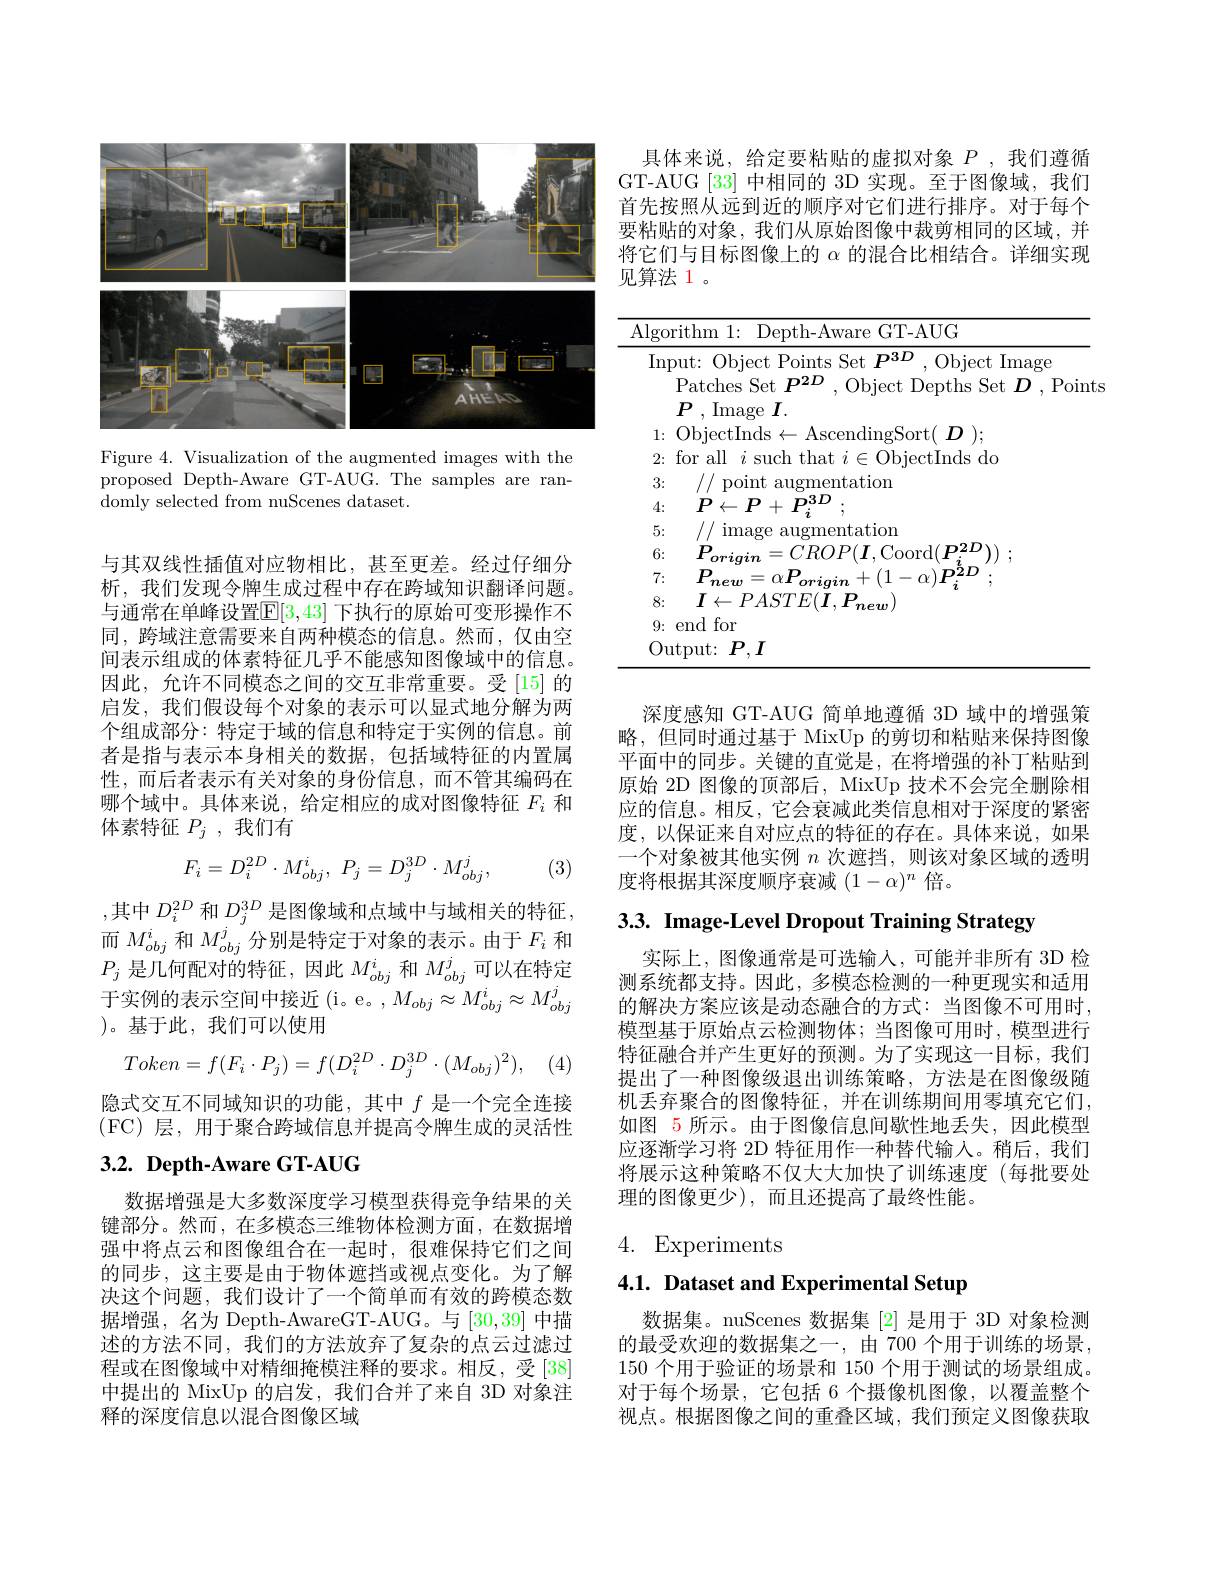
<FigureHere>

Figure 4. Visualization of the augmented images with the proposed Depth-Aware GT-AUG. The samples are randomly selected from nuScenes dataset.

与其双线性插值对应物相比，甚至更差。经过仔细分析，我们发现令牌生成过程中存在跨域知识翻译问题。与通常在单峰设置$\mathbb{E}[3,43]$ 下执行的原始可变形操作不同，跨域注意需要来自两种模态的信息。然而，仅由空间表示组成的体素特征几乎不能感知图像域中的信息。因此，允许不同模态之间的交互非常重要。受[15]的启发，我们假设每个对象的表示可以显式地分解为两个组成部分：特定于域的信息和特定于实例的信息。前者是指与表示本身相关的数据，包括域特征的内置属性，而后者表示有关对象的身份信息，而不管其编码在哪个域中。具体来说，给定相应的成对图像特征$F_i$和体素特征$P_j$,我们有
$$F_{i}=D_{i}^{2D}\cdot M_{obj}^{i},\:P_{j}=D_{j}^{3D}\cdot M_{obj}^{j},$$
(3)

,其中 $D_i^{2D}$ 和 $D_j^{3D}$ 是图像域和点域中与域相关的特征， 而$M_{obj}^i$和$M_{obj}^j$分别是特定于对象的表示。由于$F_i$和$P_{j}$是几何配对的特征，因此$M_obj^i$和$M_{obj}^j$可以在特定于实例的表示空间中接近(i。e。,$M_obj\approx M_{obj}^i\approx M_{obj}^j$ )。基于此，我们可以使用
$$Token=f(F_i\cdot P_j)=f(D_i^{2D}\cdot D_j^{3D}\cdot(M_{obj})^2),$$
隐式交互不同域知识的功能，其中$f$是一个完全连接(FC)层，用于聚合跨域信息并提高令牌生成的灵活性

# $3. 2. \textbf{ Depth- Aware GT- AUG}$

数据增强是大多数深度学习模型获得竞争结果的关键部分。然而，在多模态三维物体检测方面，在数据增强中将点云和图像组合在一起时，很难保持它们之间的同步，这主要是由于物体遮挡或视点变化。为了解决这个问题，我们设计了一个简单而有效的跨模态数据增强，名为 Depth-AwareGT-AUG。与[30,39]中描述的方法不同，我们的方法放弃了复杂的点云过滤过程或在图像域中对精细掩模注释的要求。相反，受[38] 中提出的 MixUp 的启发，我们合并了来自 3D 对象注释的深度信息以混合图像区域

具体来说，给定要粘贴的虚拟对象$P$ ,我们遵循GT-AUG [33] 中相同的 3D 实现。至于图像域，我们首先按照从远到近的顺序对它们进行排序。对于每个要粘贴的对象，我们从原始图像中裁剪相同的区域，并将它们与目标图像上的$\alpha$的混合比相结合。详细实现见算法 1 。

<table>
	<tbody>
		<tr>
			<td>$A$</td>
			<td>gorithm 1: Depth-Aware GT-AUG</td>
		</tr>
		<tr>
			<td> </td>
			<td>5: lmag augmentation</td>
		</tr>
		<tr>
			<td> </td>
			<td>6: $P$ $(1,R()$ $^\prime$onrdl P</td>
		</tr>
		<tr>
			<td> </td>
			<td>7: $P$ $\boldsymbol{n}2/\boldsymbol{h}$ .10 n</td>
		</tr>
	</tbody>
</table>

深度感知 GT-AUG 简单地遵循 3D 域中的增强策略，但同时通过基于 MixUp 的剪切和粘贴来保持图像平面中的同步。关键的直觉是，在将增强的补丁粘贴到原始 2D 图像的顶部后，MixUp 技术不会完全删除相应的信息。相反，它会衰减此类信息相对于深度的紧密度，以保证来自对应点的特征的存在。具体来说，如果一个对象被其他实例$n$次遮挡，则该对象区域的透明度将根据其深度顺序衰减$(1-\alpha)^n$倍。

3.3. Image-Level Dropout Training Strategy

实际上，图像通常是可选输入，可能并非所有 3D 检测系统都支持。因此，多模态检测的一种更现实和适用的解决方案应该是动态融合的方式：当图像不可用时， 模型基于原始点云检测物体；当图像可用时，模型进行特征融合并产生更好的预测。为了实现这一目标，我们提出了一种图像级退出训练策略，方法是在图像级随机丢弃聚合的图像特征，并在训练期间用零填充它们， 如图 5 所示。由于图像信息间歇性地丢失，因此模型应逐渐学习将 2D 特征用作一种替代输入。稍后，我们将展示这种策略不仅大大加快了训练速度(每批要处理的图像更少),而且还提高了最终性能。

## 4. Experiments

4.1. Dataset and Experimental Setup

数据集。nuScenes 数据集[2]是用于 3D 对象检测的最受欢迎的数据集之一，由 700 个用于训练的场景， 150个用于验证的场景和 150 个用于测试的场景组成。对于每个场景，它包括 6 个摄像机图像，以覆盖整个视点。根据图像之间的重叠区域，我们预定义图像获取